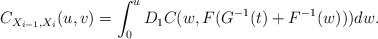
\begin{align*}C_{X_{i-1},X_i}(u,v) = \int_{0}^{u}D_{1}C(w,F(G^{-1}(t)+F^{-1}(w)))dw.\end{align*}